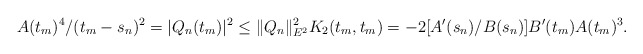
\begin{align*} A(t_m)^4/(t_m-s_n)^2 =|Q_n(t_m)|^2\leq \|Q_n\|^2_{E^2}K_2(t_m,t_m) = -2[A'(s_n)/B(s_n)]B'(t_m)A(t_m)^3.\end{align*}